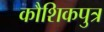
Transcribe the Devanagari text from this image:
कौशिकपुत्र